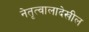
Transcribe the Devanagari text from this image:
नेतृत्वालादेखील